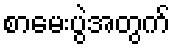
စာမေးပွဲအတွက်